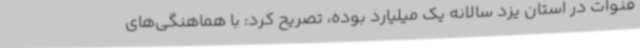
قنوات در استان یزد سالانه یک میلیارد بوده، تصریح کرد:‌ با هماهنگی‌های